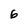
Character: 6